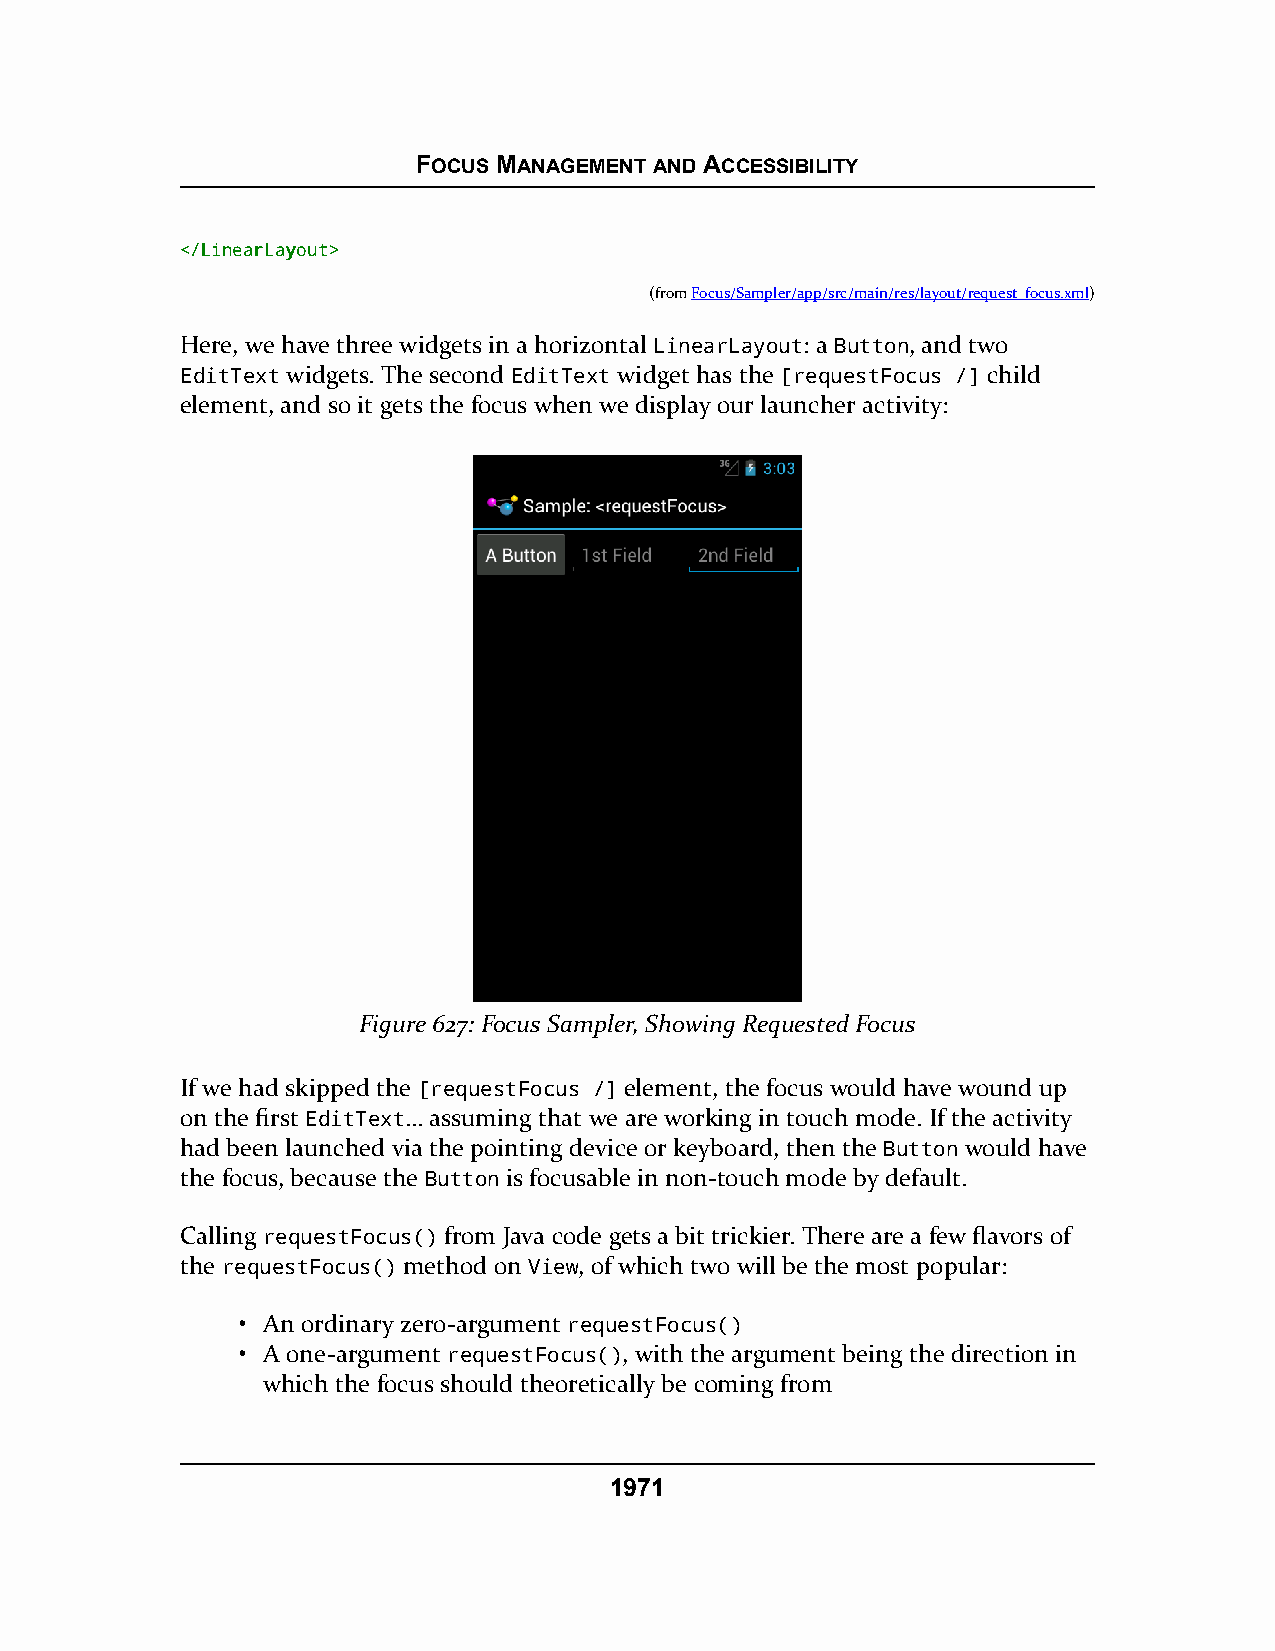
FOCUS MANAGEMENT AND ACCESSIBILITY
 <<//LLiinneeaarrLLaayyoouutt>>
 (fromFocus/Sampler/app/src/main/res/layout/request_focus.xml)
 Here, we have three widgets in a horizontal LinearLayout: a Button, and two
 EditText widgets. The second EditText widget has the [requestFocus /] child
 element, and so it gets the focus when we display our launcher activity:
 Figure 627: Focus Sampler, Showing Requested Focus
 If we had skipped the [requestFocus /] element, the focus would have wound up
 on the first EditText… assuming that we are working in touch mode. If the activity
 had been launched via the pointing device or keyboard, then the Button would have
 the focus, because the Button is focusable in non-touch mode by default.
 Calling requestFocus() from Java code gets a bit trickier. There are a few flavors of
 the requestFocus() method on View, of which two will be the most popular:
 • An ordinary zero-argument requestFocus()
 • A one-argument requestFocus(), with the argument being the direction in
 which the focus should theoretically be coming from
 1971